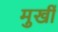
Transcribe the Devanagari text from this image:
मुखीं